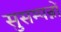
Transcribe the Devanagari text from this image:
सुसम्पन्नों